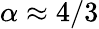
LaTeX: \alpha\approx 4/3